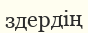
здердің